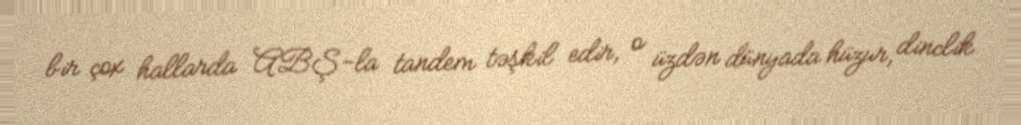
bir çox hallarda ABŞ-la tandem təşkil edir, o üzdən dünyada hüzur, dinclik